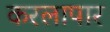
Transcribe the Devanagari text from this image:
करलापार